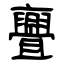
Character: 亹